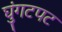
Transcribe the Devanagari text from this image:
घुंगटपट